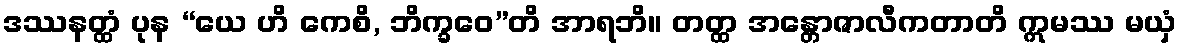
ဒဿနတ္ထံ ပုန “ယေ ဟိ ကေစိ, ဘိက္ခဝေ”တိ အာရဘိ။ တတ္ထ အန္တောဇာလီကတာတိ ဣမဿ မယှံ